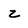
Character: z